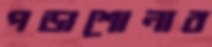
পড়াশোনার